Civil Veterinary Dept. Bombay admin report 1900-1906 - 1900-1906
Year: 1900
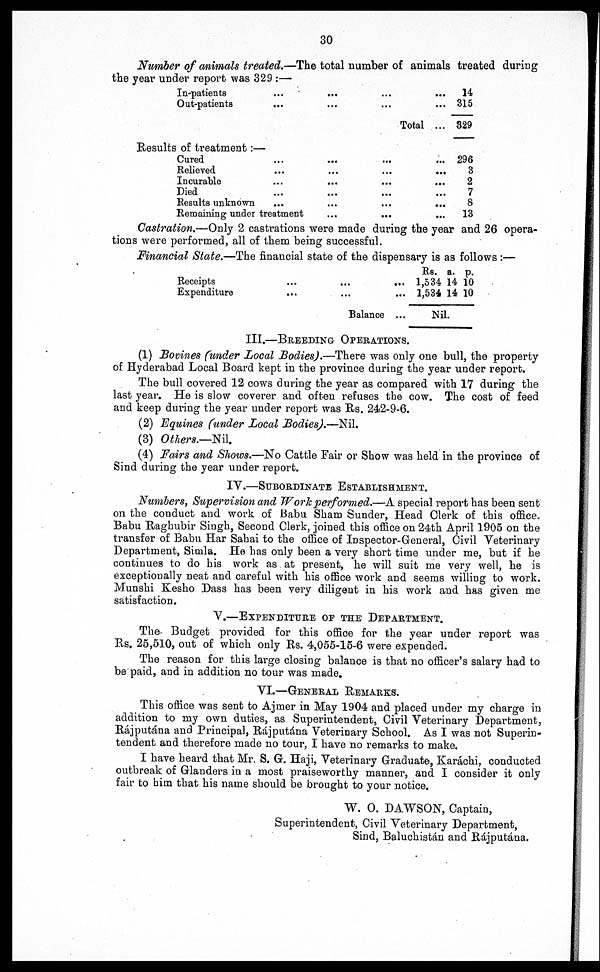
30
Number of animals treated.—The total number of animals treated during
the year under report was 329 :—
In-patients
Out-patients ...
Results of treatment:—
Cured
Relieved
Incurable
Died
Results unknown ...
Remaining under treatment
...
...
...
...
...
...
...
...
...
...
Total
...
...
...
...
...
...
... 14
... 315
... 329
... 296
...
3
2
7
... 8
...
13
Castration.—Only 2 castrations were made during the year and 26 opera-
tions were performed, all of them being successful.
Financial State.—The financial state of the dispensary is as follows :—
Receipts
Expenditure
...
...
...
...
Balance
...
...
...
Rs.
1,534
1,534
Nil.
a.
14
14
p.
10
10
III.—BREEDING OPERATIONS.
(1) Bovines (under Local Bodies).—There was only one bull, the property
of Hyderabad Local Board kept in the province during the year under report.
The bull covered 12 cows during the year as compared with 17 during the
last year. He is slow coverer and often refuses the cow. The cost of feed
and keep during the year under report was Rs. 242-9-6.
(2) Equines (under Local Bodies).—Nil.
(3) Others.—Nil.
(4) Fairs and Shows.—No Cattle Fair or Show was held in the province of
Sind during the year under report.
IV.—SUBORDINATE ESTABLISHMENT.
Numbers, Supervision and Work performed.—A special report has been sent
on the conduct and work of Babu Sham Sunder, Head Clerk of this office.
Babu Raghubir Singh, Second Clerk, joined this office on 24th April 1905 on the
transfer of Babu Har Sahai to the office of Inspector-General, Civil Veterinary
Department, Simla. He has only been a very short time under me, but if he
continues to do his work as at present, he will suit me very well, he is
exceptionally neat and careful with his office work and seems willing to work.
Munshi Kesho Dass has been very diligent in his work and has given me
satisfaction.
V.—EXPENDITURE OF THE DEPARTMENT.
The Budget provided for this office for the year under report was
Rs. 25,510, out of which only Rs. 4,055-15-6 were expended.
The reason for this large closing balance is that no officer's salary had to
be paid, and in addition no tour was made.
VI.—GENERAL REMARKS.
This office was sent to Ajmer in May 1904 and placed under my charge in
addition to my own duties, as Superintendent, Civil Veterinary Department,
Rájputána and Principal, Rájputána Veterinary School. As I was not Superin-
tendent and therefore made no tour, I have no remarks to make.
I have heard that Mr. S. G. Haji, Veterinary Graduate, Karachi, conducted
outbreak of Glanders in a most praiseworthy manner, and I consider it only
fair to him that his name should be brought to your notice.
W. O. DAWSON, Captain,
Superintendent, Civil Veterinary Department,
Sind, Baluchistan and Rájputána.